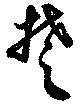
楚